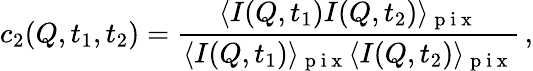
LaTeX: c_{2}(Q,t_{1},t_{2})=\frac{\langle I(Q,t_{1})I(Q,t_{2})\rangle_{\mathrm{~p~i~x~}}}{\langle I(Q,t_{1})\rangle_{\mathrm{~p~i~x~}}\langle I(Q,t_{2})\rangle_{\mathrm{~p~i~x~}}}\, ,